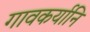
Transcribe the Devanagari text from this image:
गावकर्यानि